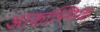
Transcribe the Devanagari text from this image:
आकास्मिक